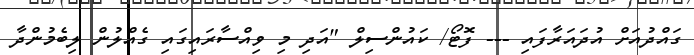
ގައްދުއަށް އުދައަރާފައި --- ފޮޓޯ/ ކައުންސިލް "އަދި މި ވިއްސާރައިގައި ގެއްލުން ލިބެމުންދާ